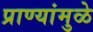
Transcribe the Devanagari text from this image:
प्राण्यांमुळे